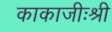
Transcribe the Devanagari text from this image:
काकाजीःश्री